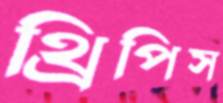
থ্রিপিস